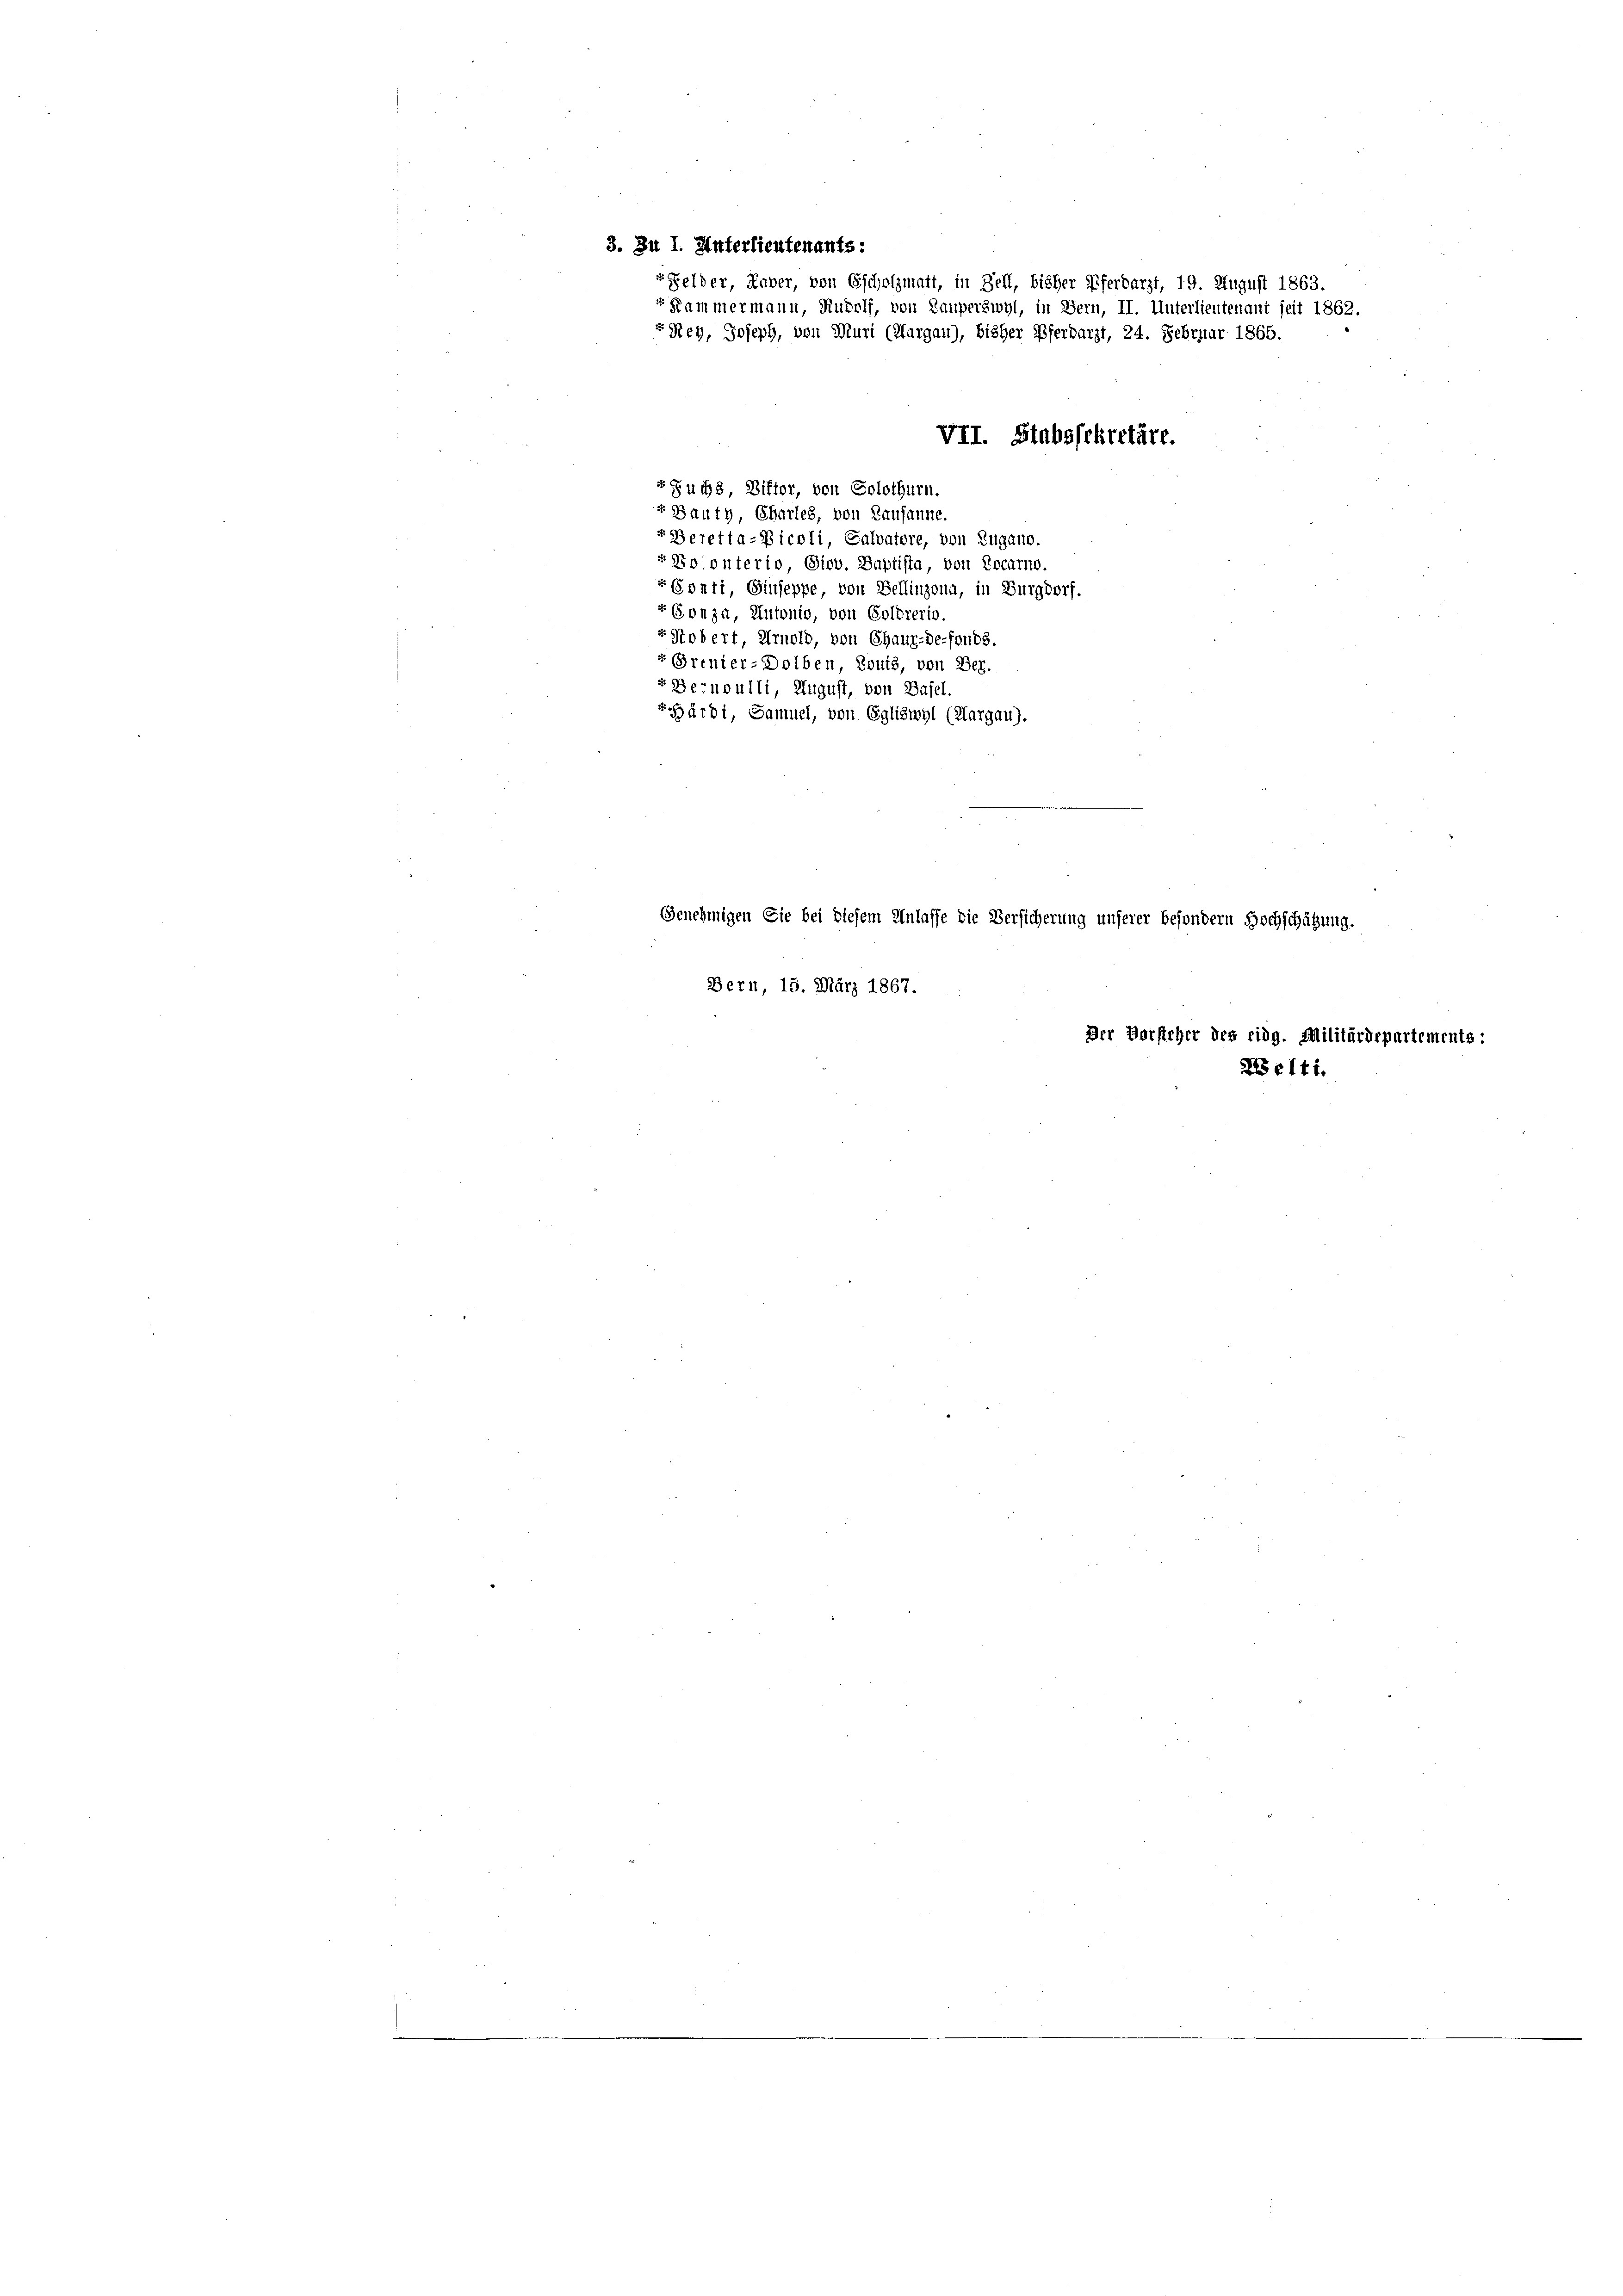
" Zuchs, Differ, von Solothurn.
" Bauty, Charles, von Lausanne.
r Beretta-Picoli, Galvatore, von Zugano.
r Kolonterio, Sieb. Baptista, von Locarno.
r Conti, Giuseppe, von Bellinzona, in Burgdorf.
+ Gonza, Autonio, von Goldrerio.
r Robert, Arnold, von Chaux-de-fonds.
"Prenier-Dolben, Louis, von Ber.
z Bernoulli, August, von Basel.
Pärdi, Samuel, von Egliswyl (Margau).
.
e
Genehmigen Sie bei diesem Anlasse die Versicherung unserer besondern Hochschätzung.
Bern, 15. März 1867.
Der Vorsteher des eidg. Militärdepartements:

3. Zu 1. Unterlieutenants:
r Felder, Huber, von Escholzmatt, in Zell, bisher Pferdarzt, 19. August 1863.
“ Kammermann, Rudolf, von Lauperswyl, in Bern, II. Unterlieutenant seit 1862.
rRieh, Joseph, von Muri (Aargau), bisher Pferdarzt, 24. Februar 1865.

VII. Stabssekretäre.

Belti.